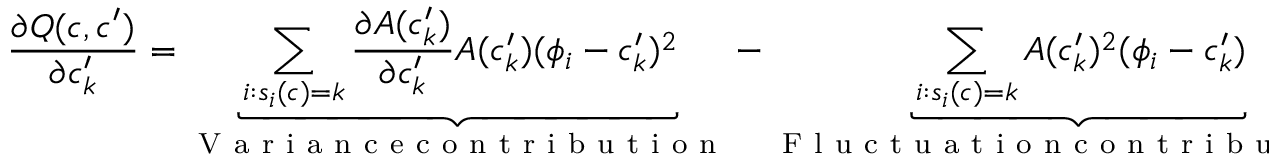
{ \frac { \partial Q ( c , c ^ { \prime } ) } { \partial c _ { k } ^ { \prime } } = \underbrace { \sum _ { i : s _ { i } ( c ) = k } \frac { \partial A ( c _ { k } ^ { \prime } ) } { \partial c _ { k } ^ { \prime } } A ( c _ { k } ^ { \prime } ) ( \phi _ { i } - c _ { k } ^ { \prime } ) ^ { 2 } } _ { \mathrm { ~ V ~ a ~ r ~ i ~ a ~ n ~ c ~ e ~ c ~ o ~ n ~ t ~ r ~ i ~ b ~ u ~ t ~ i ~ o ~ n ~ } } - \underbrace { \sum _ { i : s _ { i } ( c ) = k } A ( c _ { k } ^ { \prime } ) ^ { 2 } ( \phi _ { i } - c _ { k } ^ { \prime } ) } _ { \mathrm { ~ F ~ l ~ u ~ c ~ t ~ u ~ a ~ t ~ i ~ o ~ n ~ c ~ o ~ n ~ t ~ r ~ i ~ b ~ u ~ t ~ i ~ o ~ n ~ } } = 0 . }